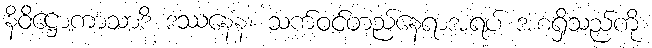
နိဝိဋ္ဌောကာသာဒိ ဒဿနေန၊ သက်ဝင်တည်နေရာအရပ် အစရှိသည်ကို